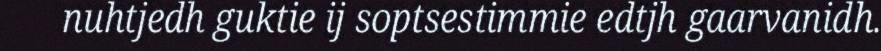
nuhtjedh guktie ij soptsestimmie edtjh gaarvanidh.